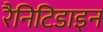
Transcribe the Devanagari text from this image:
रैनिटिडाइन